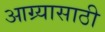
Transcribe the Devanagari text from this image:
आग्र्यासाठी